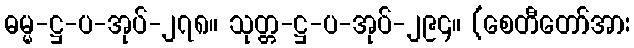
ဓမ္မ-ဋ္ဌ-ပ-အုပ်-၂၇၈။ သုတ္တ-ဋ္ဌ-ပ-အုပ်-၂၉၄။ (စေတီတော်အား